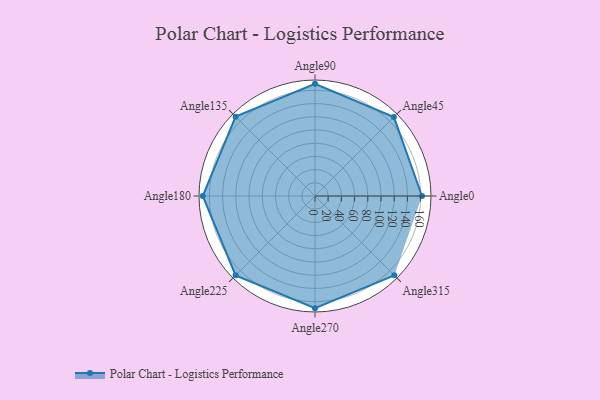
{"axis": {"x": "Angle", "y": "Radius"}, "legend": [""], "data": [{"x": "Angle0", "y": 162.0, "type": ""}, {"x": "Angle45", "y": 169.0, "type": ""}, {"x": "Angle90", "y": 170, "type": ""}, {"x": "Angle135", "y": 170, "type": ""}, {"x": "Angle180", "y": 170, "type": ""}, {"x": "Angle225", "y": 170, "type": ""}, {"x": "Angle270", "y": 170, "type": ""}, {"x": "Angle315", "y": 170, "type": ""}]}